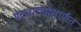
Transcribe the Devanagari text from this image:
पदनाट्यांमार्फत